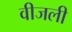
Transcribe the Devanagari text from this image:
वीजली